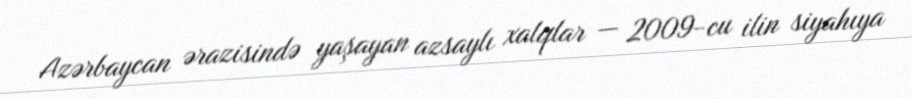
Azərbaycan ərazisində yaşayan azsaylı xalqlar — 2009-cu ilin siyahıya